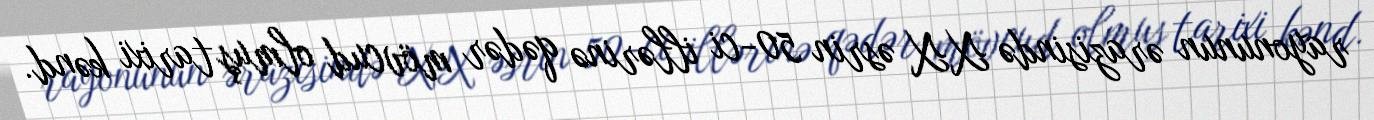
rayonunun ərazisində XX əsrin 50-ci illərinə qədər mövcud olmuş tarixi kənd.